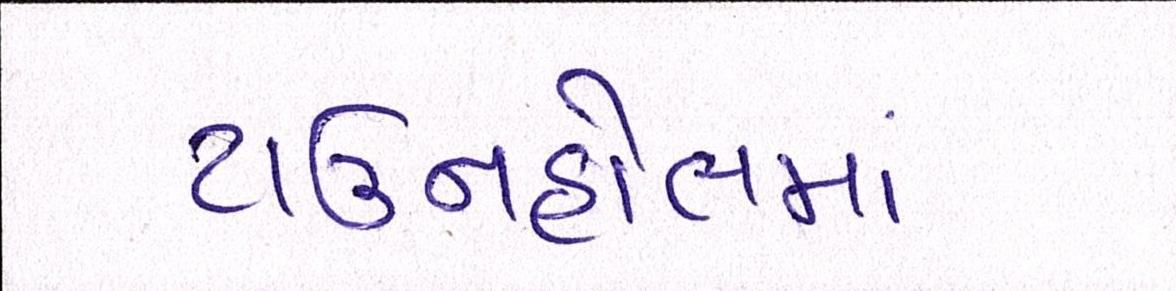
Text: ટાઉનહોલમાં